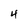
Character: 4